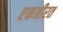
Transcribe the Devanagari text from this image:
एकत्रीरत